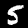
Digit: 5